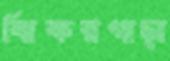
ঝিকরগাছা